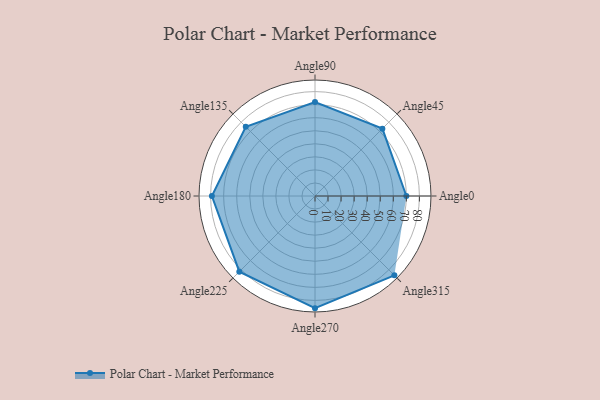
{"axis": {"x": "Angle", "y": "Radius"}, "legend": [""], "data": [{"x": "Angle0", "y": 70.0, "type": ""}, {"x": "Angle45", "y": 73.0, "type": ""}, {"x": "Angle90", "y": 72.0, "type": ""}, {"x": "Angle135", "y": 75.0, "type": ""}, {"x": "Angle180", "y": 79.0, "type": ""}, {"x": "Angle225", "y": 82.0, "type": ""}, {"x": "Angle270", "y": 86.0, "type": ""}, {"x": "Angle315", "y": 86.0, "type": ""}]}